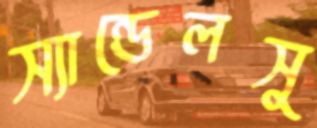
স্যান্ডেলসু